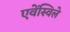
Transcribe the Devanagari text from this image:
एवेंस्विले